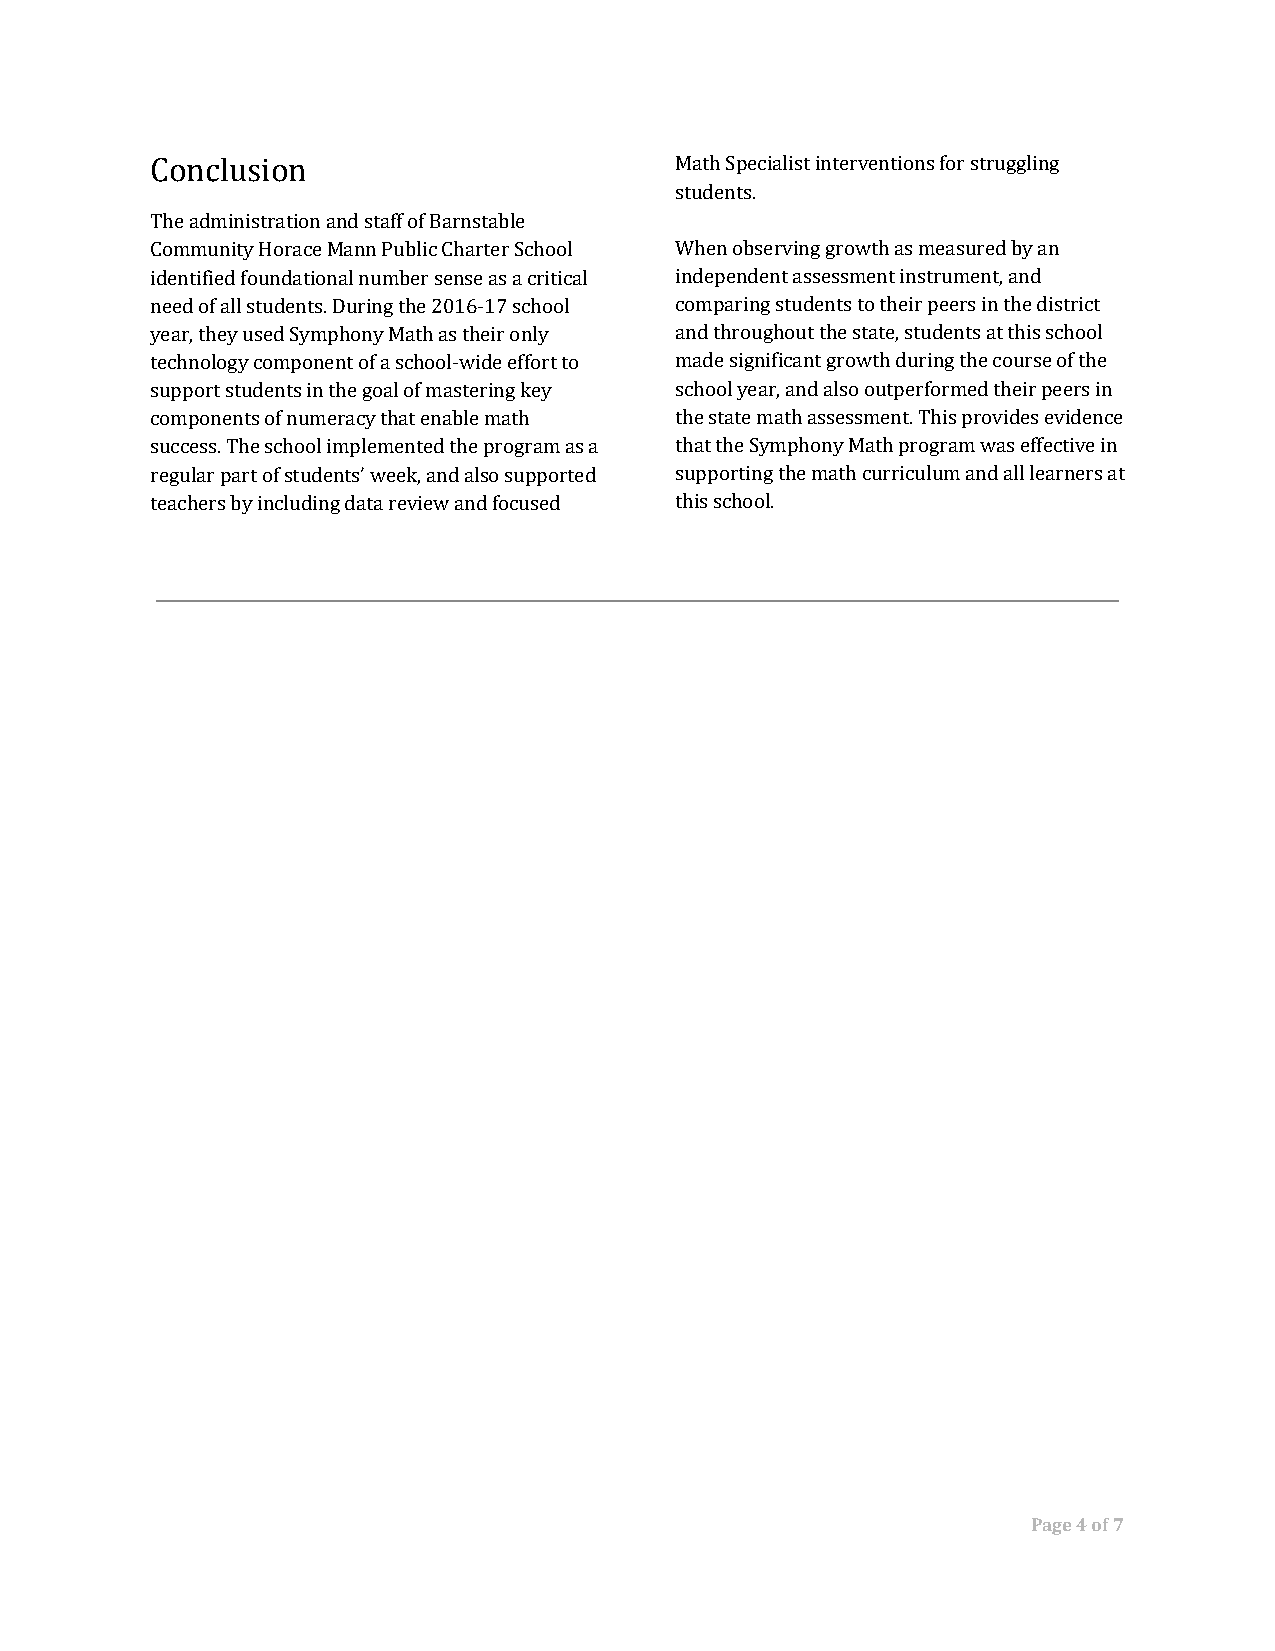
Conclusion                         Math Specialist interventions for struggling
 students.
 The administration and staff of Barnstable
 Community Horace Mann Public Charter School When observing growth as measured by an
 identified foundational number sense as a critical independent assessment instrument, and
 need of all students. During the 2016-17 school comparing students to their peers in the district
 year, they used Symphony Math as their only and throughout the state, students at this school
 technology component of a school-wide effort to made significant growth during the course of the
 support students in the goal of mastering key school year, and also outperformed their peers in
 components of numeracy that enable math the state math assessment. This provides evidence
 success. The school implemented the program as a that the Symphony Math program was effective in
 regular part of students’ week, and also supported supporting the math curriculum and all learners at
 teachers by including data review and focused this school.
 Page 4 of 7